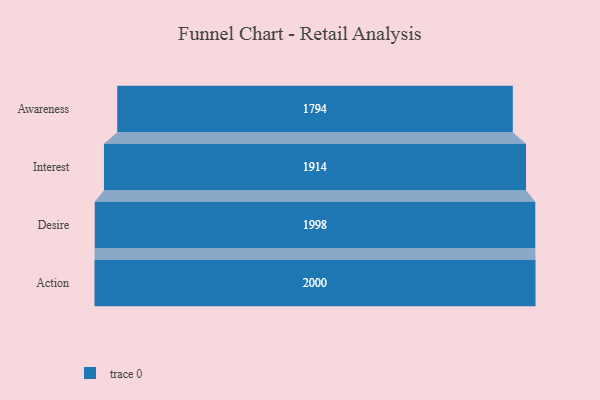
{"axis": {"x": "Stage", "y": "Value"}, "legend": [""], "data": [{"x": "Awareness", "y": 1794.0, "type": ""}, {"x": "Interest", "y": 1914.0, "type": ""}, {"x": "Desire", "y": 1998.0, "type": ""}, {"x": "Action", "y": 2000, "type": ""}]}